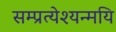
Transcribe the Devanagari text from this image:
सम्प्रत्येश्यन्मयि